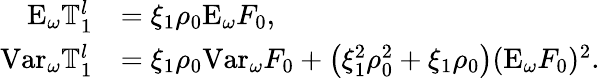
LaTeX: \begin{array}{rl}{\mathrm{E}_{\omega}\mathbb{T}_{1}^{l}}&{=\xi_{1}\rho_{0}\mathrm{E}_{\omega}F_{0},}\\ {\mathrm{Var}_{\omega}\mathbb{T}_{1}^{l}}&{=\xi_{1}\rho_{0}\mathrm{Var}_{\omega}F_{0}+\left(\xi_{1}^{2}\rho_{0}^{2}+\xi_{1}\rho_{0}\right)(\mathrm{E}_{\omega}F_{0})^{2}.}\end{array}